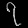
Digit: ၇